Vaccination report Assam 1874-1896 - 1874-1896
Year: 1874
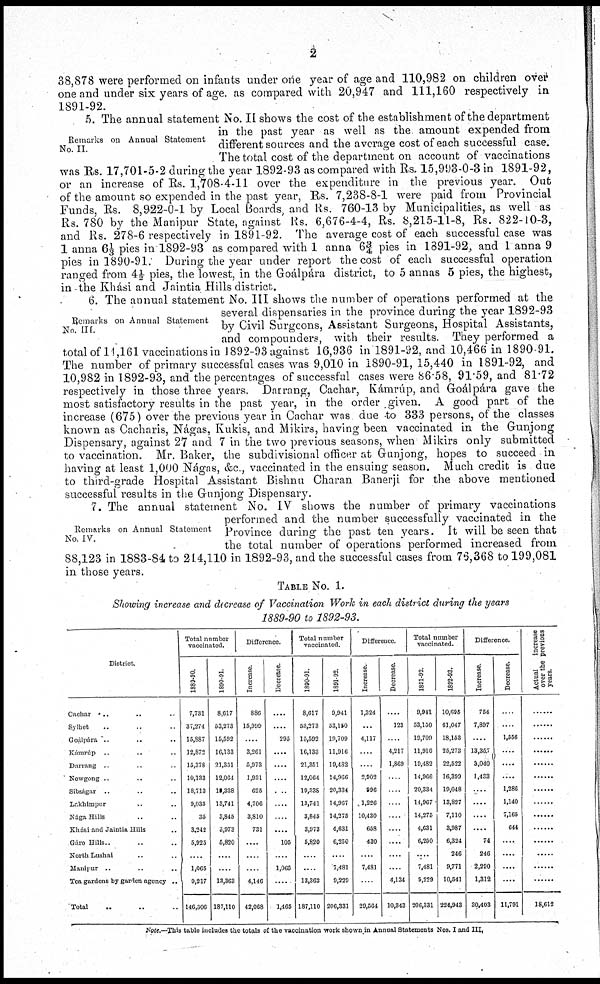
2
38,878 were performed on infants under one year of age and 110,982 on children over
one and under six years of age. as compared with 20,947 and 111,160 respectively in
1891-92.
Remarks on Annual Statement
No. II.
5. The annual statement No. II shows the cost of the establishment of the department
in the past year as well as the amount expended from
different sources and the average cost of each successful case.
The total cost of the department on account of vaccinations
was Rs. 17,701-5-2 during the year 1892-93 as compared with Rs. 15,993-0-3 in 1891-92,
or an increase of Rs. 1,708-4-11 over the expenditure in the previous year. Out
of the amount so expended in the past year, Rs. 7,238-8-1 were paid from Provincial
Funds, Rs. 8,922-0-1 by Local Boards, and Rs. 760-13 by Municipalities, as well as
Rs. 780 by the Manipur State, against Rs. 6,676-4-4, Rs. 8,215-11-8, Rs. 822-10-3,
and Rs. 278-6 respectively in 1891-92. The average cost of each successful case was
1 anna 61/3 pies in 1892-93 as compared with 1 anna 6¾ pies in 1891-92, and 1 anna 9
pies in 1890-91. During the year under report the cost of each successful operation
ranged from 4½ pies, the lowest, in the Goálpára district, to 5 annas 5 pies, the highest,
in the Khási and Jaintia Hills district.
Remarks on Annual Statement
No. III.
6. The annual statement No. III shows the number of operations performed at the
several dispensaries in the province during the year 1892-93
by Civil Surgeons, Assistant Surgeons, Hospital Assistants,
and compounders, with their results. They performed a
total of 11,161 vaccinations in 1892-93 against 16,936 in 1891-92, and 10,466 in 1890-91.
The number of primary successful cases was 9,010 in 1890-91,15,440 in 1891-92, and
10,982 in 1892-93, and the percentages of successful cases were 86.58, 91.59, and 81.72
respectively in those three years. Darrang, Cachar, Kámrúp, and Goálpára gave the
most satisfactory results in the past year, in the order given. A good part of the
increase (675) over the previous year in Cachar was due to 333 persons, of the classes
known as Cacharis, Nágas, Kukis, and Mikirs, having been vaccinated in the Gunjong
Dispensary, against 27 and 7 in the two previous seasons, when Mikirs only submitted
to vaccination. Mr. Baker, the subdivisional officer at Gunjong, hopes to succeed in
having at least 1,000 Nágas, &c., vaccinated in the ensuing season. Much credit is due
to third-grade Hospital Assistant Bishnu Charan Banerji for the above mentioned
successful results in the Gunjong; Dispensary.
Remarks on Annual Statement
No. IV.
7. The annual statement No. IV shows the number of primary vaccinations
performed and the number successfully vaccinated in the
Province during the past ten years. It will be seen that
the total number of operations performed increased from
88,123 in 1883-84 to 214,110 in 1892-93, and the successful cases from 76,368 to 199,081
in those years.
TABLE No. 1.
Showing increase and decrease of Vaccination Work in each district during the years
1889-90 to 1892-93.
District.
Cachar .. .. ..
Sylhet .. .. ..
Coalpára .. .. ..
Kamrúp
.. .. ..
Darrang .. .. ..
Nowgong .. .. ..
Sibságar .. .. ..
Lakhimpur .. ..
Nága Hills .. .. ..
Khási and Jaintia Hills ..
Gáro Hills.. .. ..
North Lushai .. ..
Manipur .. .. ..
Tea gardens by garden agency ..
Total .. .. .. ..
Total number
vaccinated.
1889-90.
7,731
37,274
15,887
12,872
15,378
10,133
18,713
9,035
35
3,242
5,925
....
1,065
9,217
146,506
1890-91.
8,617
53,273
15,592
16,133
21,351
12,064
19,338
13,741
3,845
3,973
5,820
....
....
13,363
187,110
Difference.
Increase
886
15,999
....
3,261
5,973
1,931
625
4,706
3,810
731
....
....
....
4,146
42,068
Decrease.
....
....
295
....
....
....
....
....
....
....
105
....
1,065
....
1,465
Total number
vaccinated.
1890-91.
8,617
53,273
15,592
16,133
21,351
12,064
19,338
13,741
3,845
3,973
6,820
....
....
13,363
187,110
1891-92
9,941
53,150
10,709
11,916
19,482
14,966
20,334
14,967
14,275
4,631
6,250
....
7,481
9,229
206,331
Difference.
Increase.
1,324
...
4,117
....
....
2,902
996
1,226
10,430
658
430
....
7,481
....
29,564
Decrease.
....
123
....
4,217
1,869
....
....
....
....
....
....
....
....
4,134
10,343
Total number
vaccinated.
1891-92
9,941
53,150
19,709
11,916
19,482
14,966
20,334
14,967
14,275
4,631
6,250
....
7,481
9,229
206,331
1892-93.
10,695
61,047
18,153
25,273
22,522
16,399
19,048
13,827
7,110
3,987
6,324
246
9,771
10,541
224,943
Difference.
Increase.
754
7,897
....
13,357
3,040
1,433
....
....
....
....
74
246
2,290
1,312
30,403
Decrease.
....
....
1,556
....
....
....
1,286
1,140
7,165
644
....
....
....
....
11,791
Actual
increase
over the previous
years.
......
......
......
......
......
......
......
......
......
......
......
......
......
18,612
Note.—This table includes the totals of the vaccination work shown in Annual Statements Nos. I and III.